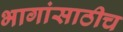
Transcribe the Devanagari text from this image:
भागांसाठीच